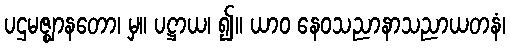
ပဌမဇ္ဈာနတော၊ မှ။ ပဋ္ဌာယ၊ ၍။ ယာဝ နေဝသညာနာသညာယတနံ၊